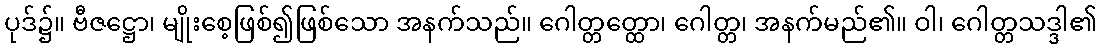
ပုဒ်၌။ ဗီဇဋ္ဌော၊ မျိုးစေ့ဖြစ်၍ဖြစ်သော အနက်သည်။ ဂေါတ္တတ္ထော၊ ဂေါတ္တ၊ အနက်မည်၏။ ဝါ၊ ဂေါတ္တသဒ္ဒါ၏